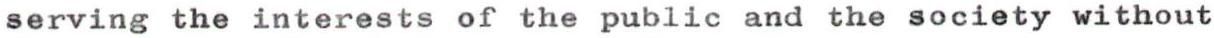
serving the interests of the public and the society without